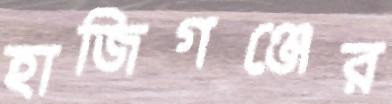
হাজিগঞ্জের